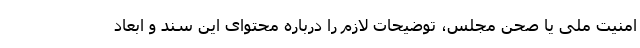
امنیت ملی یا صحن مجلس، توضیحات لازم را درباره محتوای این سند و ابعاد